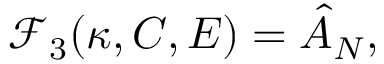
\mathcal { F } _ { 3 } ( \kappa , C , E ) = \hat { A } _ { N } ,